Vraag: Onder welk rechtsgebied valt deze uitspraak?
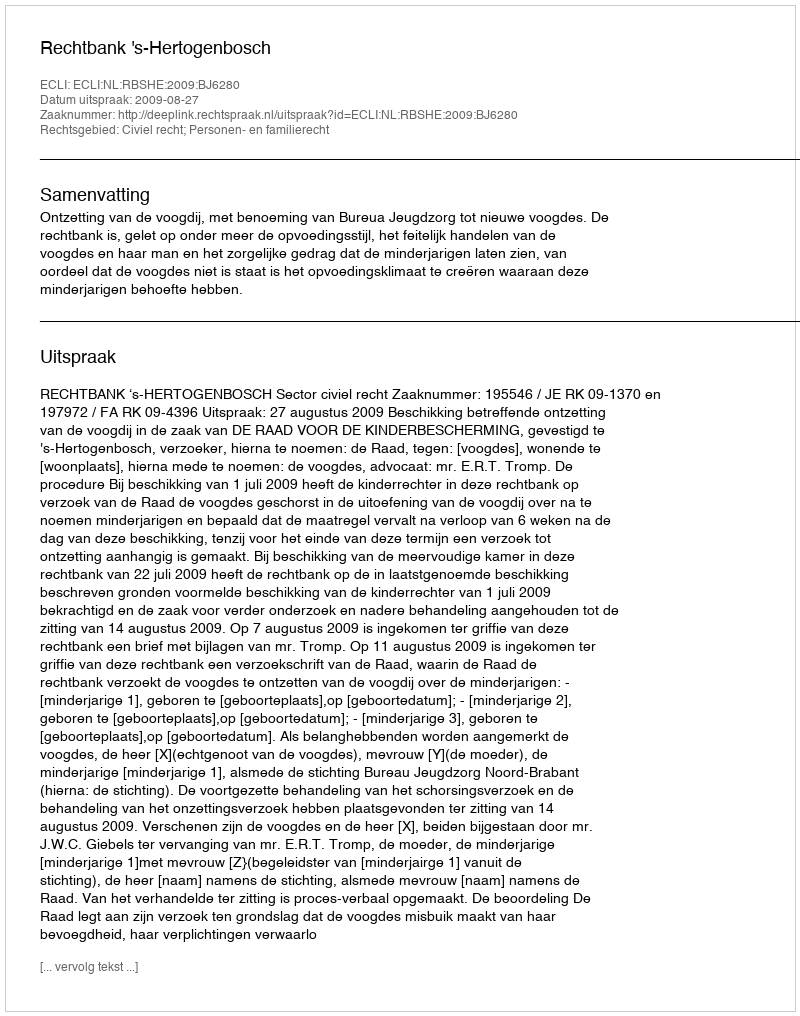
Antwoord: Civiel recht; Personen- en familierecht